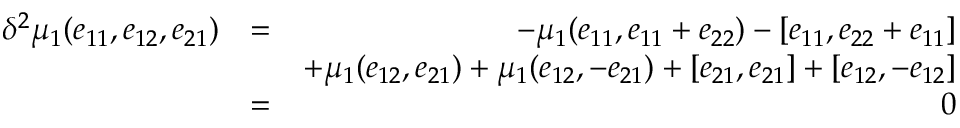
\begin{array} { r l r } { \delta ^ { 2 } \mu _ { 1 } ( e _ { 1 1 } , e _ { 1 2 } , e _ { 2 1 } ) } & { = } & { - \mu _ { 1 } ( e _ { 1 1 } , e _ { 1 1 } + e _ { 2 2 } ) - [ e _ { 1 1 } , e _ { 2 2 } + e _ { 1 1 } ] } \\ & { } & { + \mu _ { 1 } ( e _ { 1 2 } , e _ { 2 1 } ) + \mu _ { 1 } ( e _ { 1 2 } , - e _ { 2 1 } ) + [ e _ { 2 1 } , e _ { 2 1 } ] + [ e _ { 1 2 } , - e _ { 1 2 } ] } \\ & { = } & { 0 } \end{array}